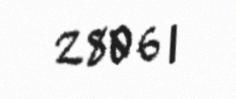
2806 l